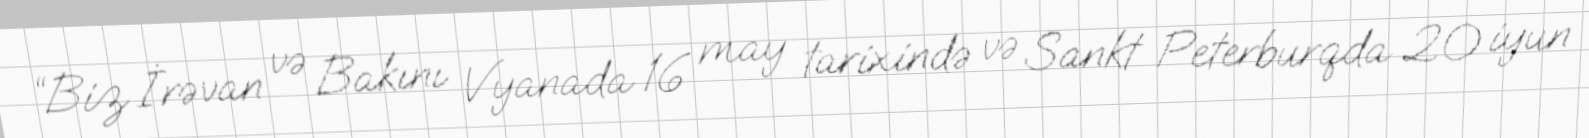
“Biz İrəvan və Bakını Vyanada 16 may tarixində və Sankt Peterburqda 20 iyun